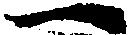
一